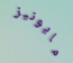
مايونيز